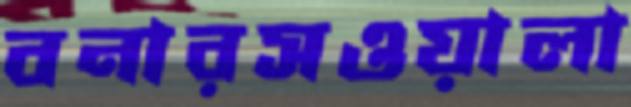
বনারসওয়ালা